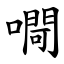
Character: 㗿